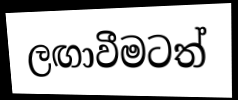
ලඟාවීමටත්